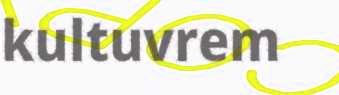
kultuvrem